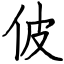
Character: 佊